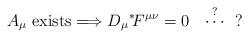
LaTeX: \begin{align*}A_\mu {\rm \ exists} \Longrightarrow D_\mu \mbox{}^*\! F^{\mu\nu} =0\ \ \stackrel{?}{\cdots} \ \ ?\end{align*}